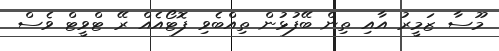
މޫސާ ޒަމީރު އާއި ތިން ބޭފުޅުން ތިއްބެވި ފޮޓޯއެއް ރޭ ޓްވީޓް ވެސް